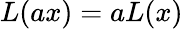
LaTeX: L(ax)=aL(x)